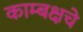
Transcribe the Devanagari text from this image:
काम्बक्षचे